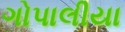
ગોપાલીયા